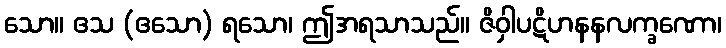
သော။ ဧသ (ဧသော) ရသော၊ ဤအရသာသည်။ ဇိဝှါပဋိဟနနလက္ခဏော၊